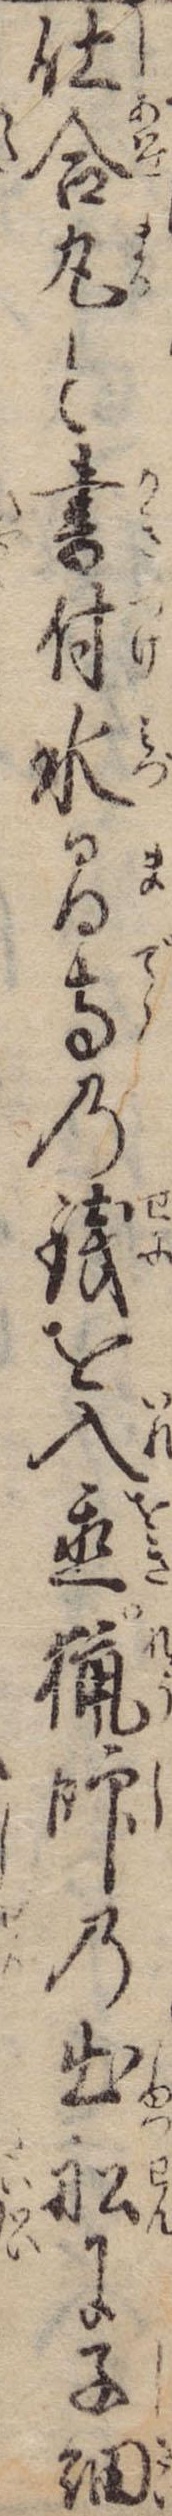
仕合丸と書付水間寺の銭を入置猟師の出船に子細